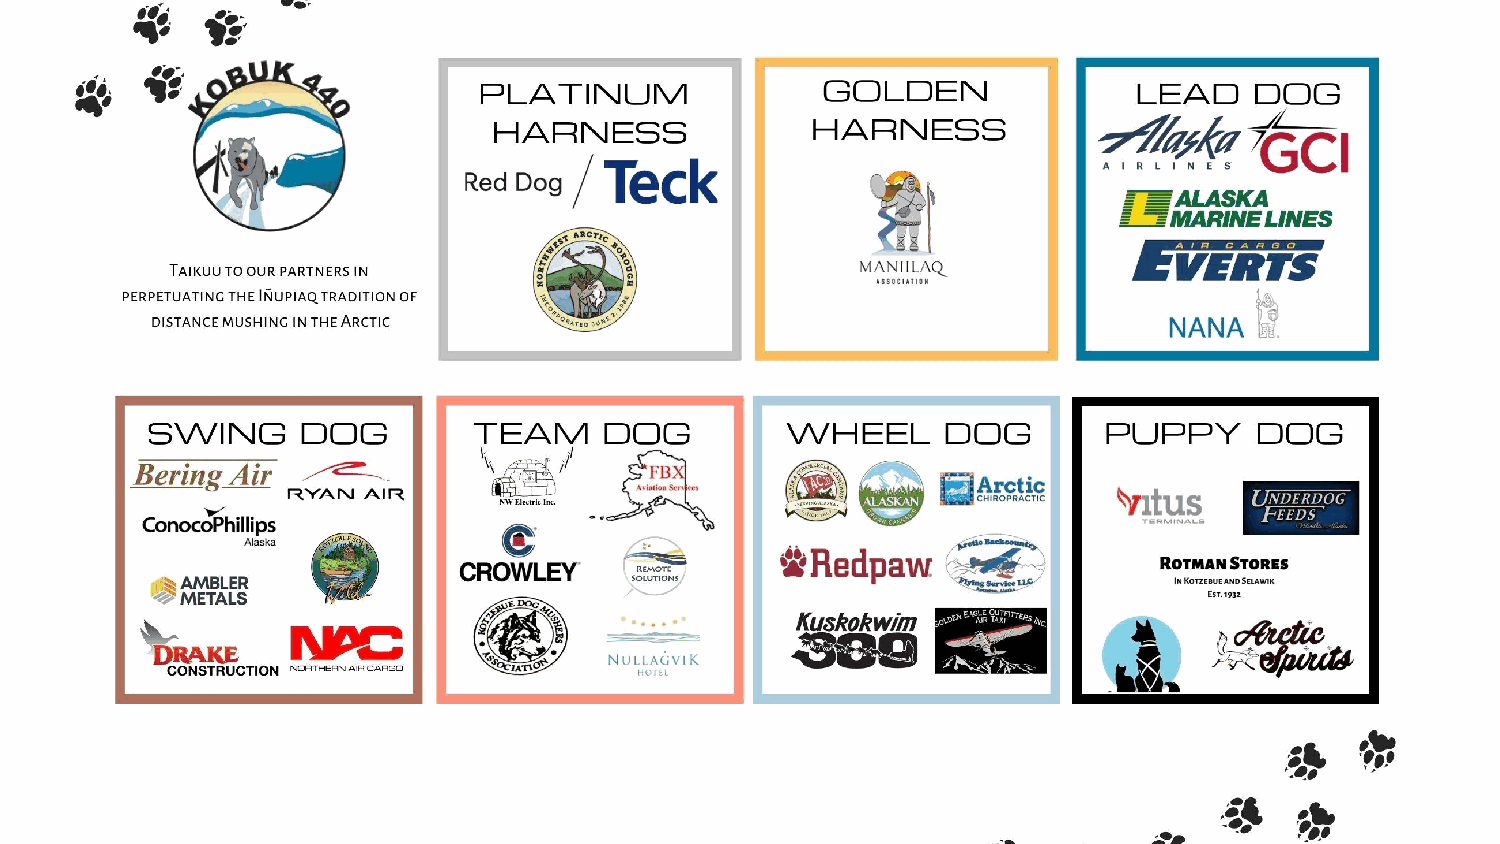
Wheel        dog     and     Puppy        dog     Sponsors